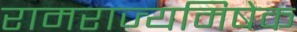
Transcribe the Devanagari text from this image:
रामराज्यमिषेक